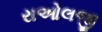
રાઓલજી